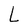
Character: L